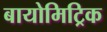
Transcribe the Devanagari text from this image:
बायोमिट्रिक